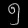
Digit: ၅